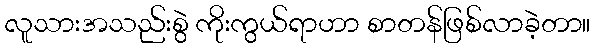
လူသားအသည်းစွဲ ကိုးကွယ်ရာဟာ စာတန်ဖြစ်လာခဲ့တာ။